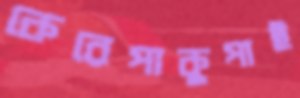
কেরেপাকুপাই